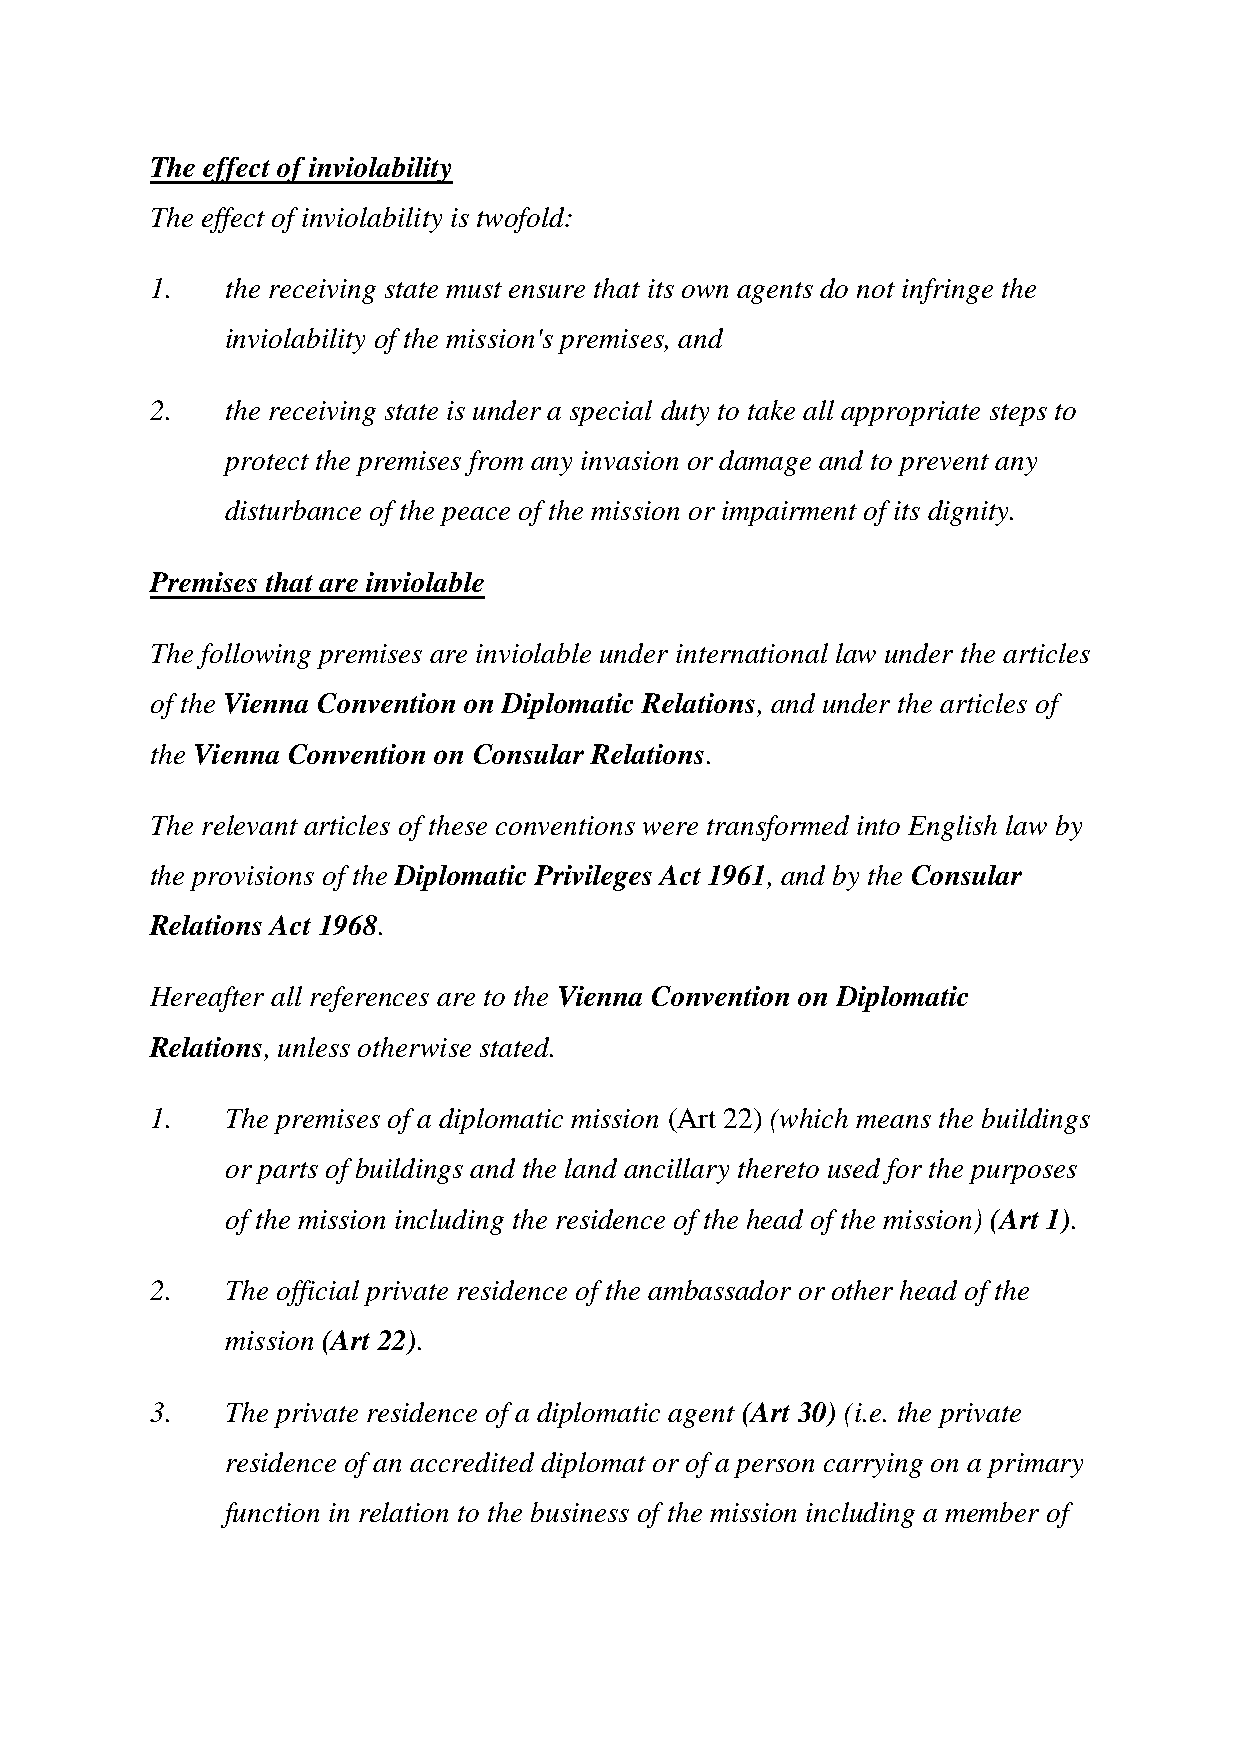
The effect of inviolability
 The effect of inviolability is twofold:
 1.   the receiving state must ensure that its own agents do not infringe the
 inviolability of the mission's premises, and
 2.   the receiving state is under a special duty to take all appropriate steps to
 protect the premises from any invasion or damage and to prevent any
 disturbance of the peace of the mission or impairment of its dignity.
 Premises that are inviolable
 The following premises are inviolable under international law under the articles
 of the Vienna Convention on Diplomatic Relations, and under the articles of
 the Vienna Convention on Consular Relations.
 The relevant articles of these conventions were transformed into English law by
 the provisions of the Diplomatic Privileges Act 1961, and by the Consular
 Relations Act 1968.
 Hereafter all references are to the Vienna Convention on Diplomatic
 Relations, unless otherwise stated.
 1.   The premises of a diplomatic mission (Art 22) (which means the buildings
 or parts of buildings and the land ancillary thereto used for the purposes
 of the mission including the residence of the head of the mission) (Art 1).
 2.   The official private residence of the ambassador or other head of the
 mission (Art 22).
 3.   The private residence of a diplomatic agent (Art 30) (i.e. the private
 residence of an accredited diplomat or of a person carrying on a primary
 function in relation to the business of the mission including a member of